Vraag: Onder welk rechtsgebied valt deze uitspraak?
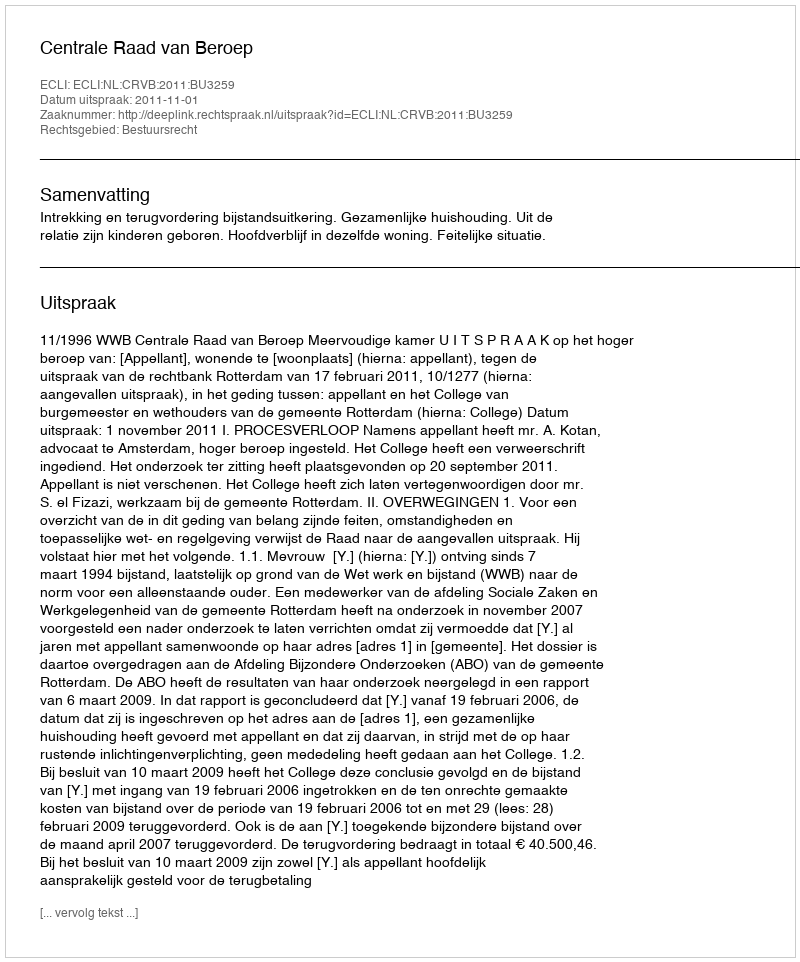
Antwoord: Bestuursrecht